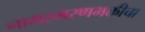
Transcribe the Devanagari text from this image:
नामस्मरणभक्तीचा